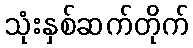
သုံးနှစ်ဆက်တိုက်